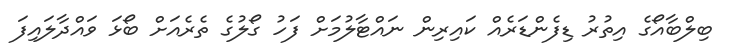
ބިލްބާއޯގެ އިތުރު ޑިފެންޑަރެއް ކައިރިން ނައްޓާލުމަށް ފަހު ގޯލުގެ ތެރެއަށް ބޯޅަ ވައްދާލައިފަ